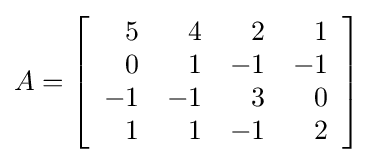
A=\left[{\begin{array}{rrrr}5&4&2&1\\0&1&-1&-1\\-1&-1&3&0\\1&1&-1&2\end{array}}\right]